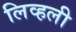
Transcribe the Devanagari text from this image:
लिव्हली